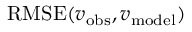
\mathrm { R M S E } ( { \boldsymbol { v } } _ { \mathrm { o b s } } , { \boldsymbol { v } } _ { \mathrm { m o d e l } } )